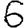
Digit: 6